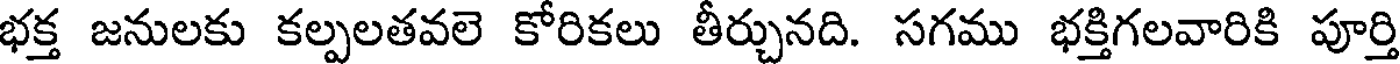
భక్త జనులకు కల్పలతవలె కోరికలు తీర్చునది. సగము భక్తిగలవారికి పూర్తి